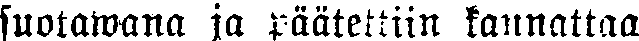
suotawana ja päätettiin kannattaa